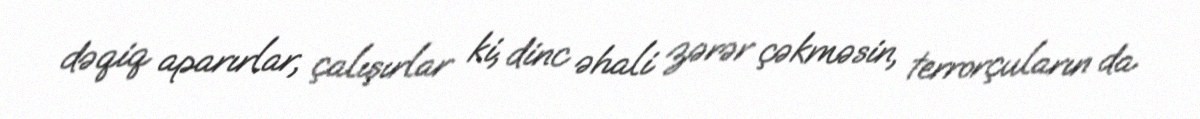
dəqiq aparırlar, çalışırlar ki, dinc əhali zərər çəkməsin, terrorçuların da